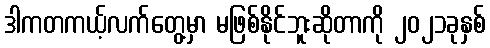
ဒါကတကယ့်လက်တွေ့မှာ မဖြစ်နိုင်ဘူးဆိုတာကို ၂၀၂၁ခုနှစ်